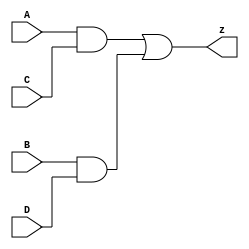
module comparator(
    input A,
    input B,
    input C,
    input D,
    output z
);
wire p,q;

and(p,A,C);
and(q,B,D);
or(z,p,q);

endmodule